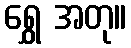
ရွှေ အတု။